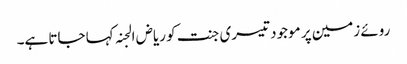
روئے زمین پر موجود تیسری جنت کو ریاض الجنہ کہا جاتا ہے۔